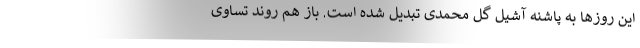
این روزها به پاشنه آشیل گل محمدی تبدیل شده است. باز هم روند تساوی